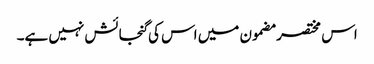
اس مختصر مضمون میں اس کی گنجائش نہیں ہے۔